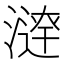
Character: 𣾣